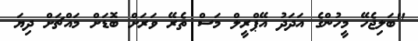
"ބަލިޖެހޭ މީހުންގެ އަދަދު އޭޕްރީލް މަސް ތެރޭ ވަރަށް ބޮޑަށް މައްޗަށް ދިޔަ